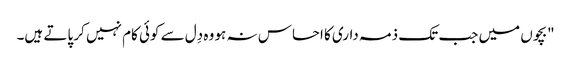
"بچوں میں جب تک ذمہ داری کا احساس نہ ہو وہ دِل سے کوئی کام نہیں کر پاتے ہیں۔